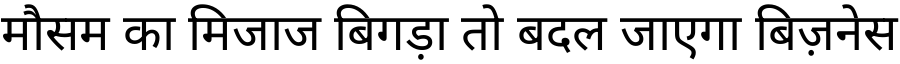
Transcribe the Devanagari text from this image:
मौसम का मिजाज बिगड़ा तो बदल जाएगा बिज़नेस